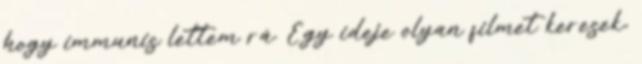
hogy immunis lettem rá. Egy ideje olyan filmet keresek,